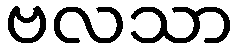
ဗလသာ